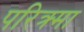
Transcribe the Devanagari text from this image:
परिक्र्मा